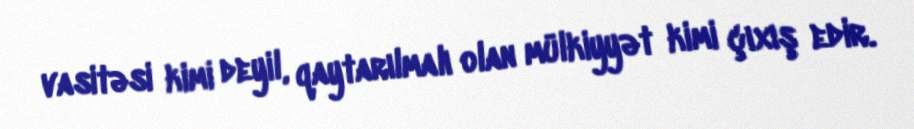
vasitəsi kimi deyil, qaytarılmalı olan mülkiyyət kimi çıxış edir.